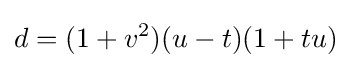
d=(1+v^{2})(u-t)(1+tu)